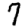
Digit: 7